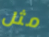
مثل